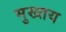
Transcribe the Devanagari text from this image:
मुख्तय